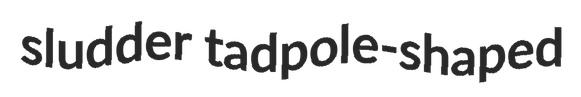
sludder tadpole-shaped